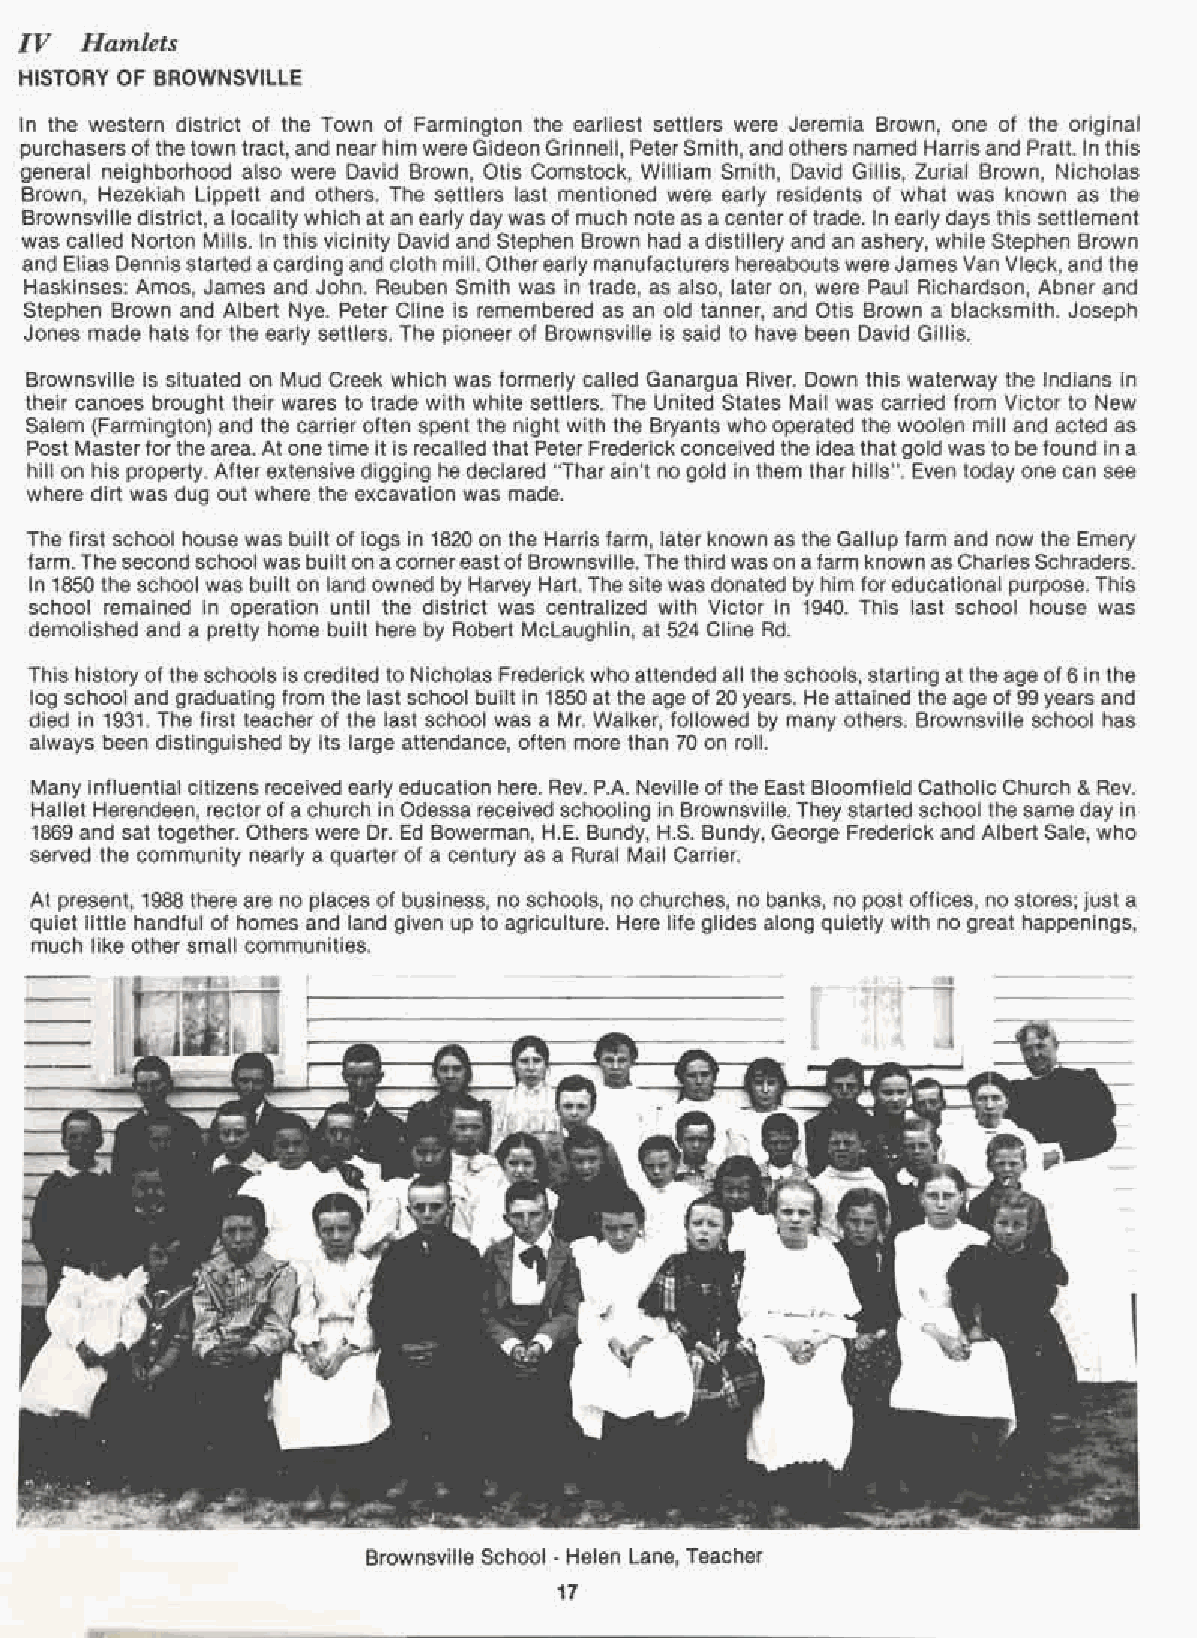
IV  Hamlets
 HISTORY OF BROWNSVILLE
 In the western district of the Town of Farmington the earliest settlers were Jeremia Brown, one of the original
 purchasers of the town tract, and near him wereGideonGrinnell, PeterSmith, and others named Harrisand Pratt. In this
 general neighborhood also were David Brown, Otis Comstock, William Smith, David Gillis, Zurial -Brown, Nicholas
 Brown, Hezekiah Lippett and others. The settlers last mentioned were early residents of what was known as the
 Brownsville district, a localitywhich at an earlydaywas of much note as a centerof trade. In early days this settlement
 was called Norton Mills. In this vicinity David and Stephen Brown had a distillery and an ashery, while Stephen Brown
 and Elias Dennis started acarding and cloth mill. Otherearly manufacturers hereabouts wereJamesVan Vleck, and the
 Haskinses: Amos, James and John. Reuben Smith was in trade, as also, later on, were Paul Richardson, Abner and
 Stephen Brown and Albert Nye. Peter Cline is remembered as an old tanner, and Otis Brown a blacksmith. Joseph
 Jones made hats for the early settlers. The pioneer of Brownsville is said to have been David Gillis.
 Brownsville is situated on Mud Creek which was formerly called Ganargua River. Down this waterway the Indians in
 their canoes brought their wares to trade with white settlers. The United States Mail was carried from Victor to New
 Salem (Farmington) and the carrier often spent the night with the Bryants who operated the woolen mill and acted as
 Post Masterforthe area. At one time it is recalled that Peter Frederick conceived the ideathat gold was to be found in a
 hill on his property. After extensive digging he declared "Thar ain't no gold in them thar hills". Even today one can see
 where dirt was dug out where the excavation was made.
 The first school house was built of logs in 1820 on the Harris farm, later known as the Gallup farm and now the Emery
 farm.The second school was builton acornereastof Brownsville. Thethird wason afarm known asCharlesSchraders.
 In 1850 the school was built on land owned by Harvey Hart. The site was donated by him foreducational purpose. This
 school remained in operation until the district was centralized with Victor in 1940. This last school house was
 demolished and a pretty home built here by Robert McLaughlin, at 524 Cline Rd.
 This history of the schools is credited to Nicholas Frederickwho attended all the schools, starting at the age of6 in the
 log school and graduating from the last school built in 1850 at the age of 20 years. He attained the age of 99years and
 died in 1931. The first teacher of the last school was a Mr. Walker, followed by many others. Brownsville school has
 always been distinguished by its large attendance, often more than 70 on roll.
 Many influential citizens received early education here. Rev. P.A. Neville of the East Bloomfield Catholic Church & Rev.
 Hallet Herendeen, rector of a church in Odessa received schooling in Brownsville.They started school the same day in
 1869 and sat together. Others were Dr. Ed Bowerman, H.E. Bundy, H.S. Bundy, George Frederick and Albert Sale, who
 served the community nearly a quarter of a century as a Rural Mail Carrier.
 At present, 1988 there are no places of business, no schools, no churches, no banks, no post offices, no stores; just a
 quiet little handful of homes and land given up to agriculture. Here life glides along quietly with no great happenings,
 much like other small communities.
 Brownsville School - Helen Lane, Teacher
 17